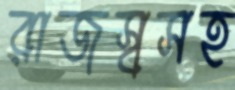
রাজস্বসহ